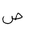
Letter: _sad